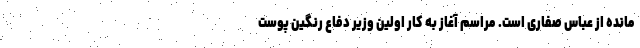
مانده از عباس صفاری است. مراسم آغاز به کار اولین وزیر دفاع رنگین پوست